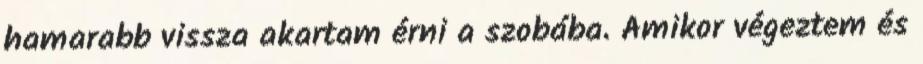
hamarabb vissza akartam érni a szobába. Amikor végeztem és